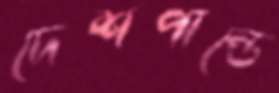
দেশপান্ডে